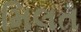
મિલત